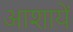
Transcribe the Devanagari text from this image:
आशायें